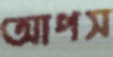
আপস